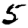
Digit: 5